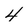
Character: 4